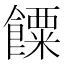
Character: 𩞸